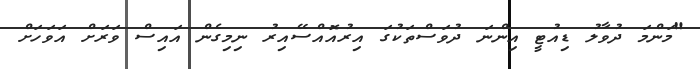
"މަންމަ ދުވާލު ޑިއުޓީ އިންނަ ދުވަސްތަކުގަ އިރުއޮއްސޭއިރު ނިމިގެން އައިސް ވަރަށް އަވަހަށް